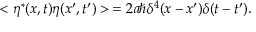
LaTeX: < \eta ^ { * } ( x , t ) \eta ( x ^ { \prime } , t ^ { \prime } ) > \, = 2 a \hbar \delta ^ { 4 } ( x - x ^ { \prime } ) \delta ( t - t ^ { \prime } ) .